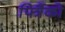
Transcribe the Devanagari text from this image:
पित्रैंको